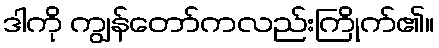
ဒါကို ကျွန်တော်ကလည်းကြိုက်၏။